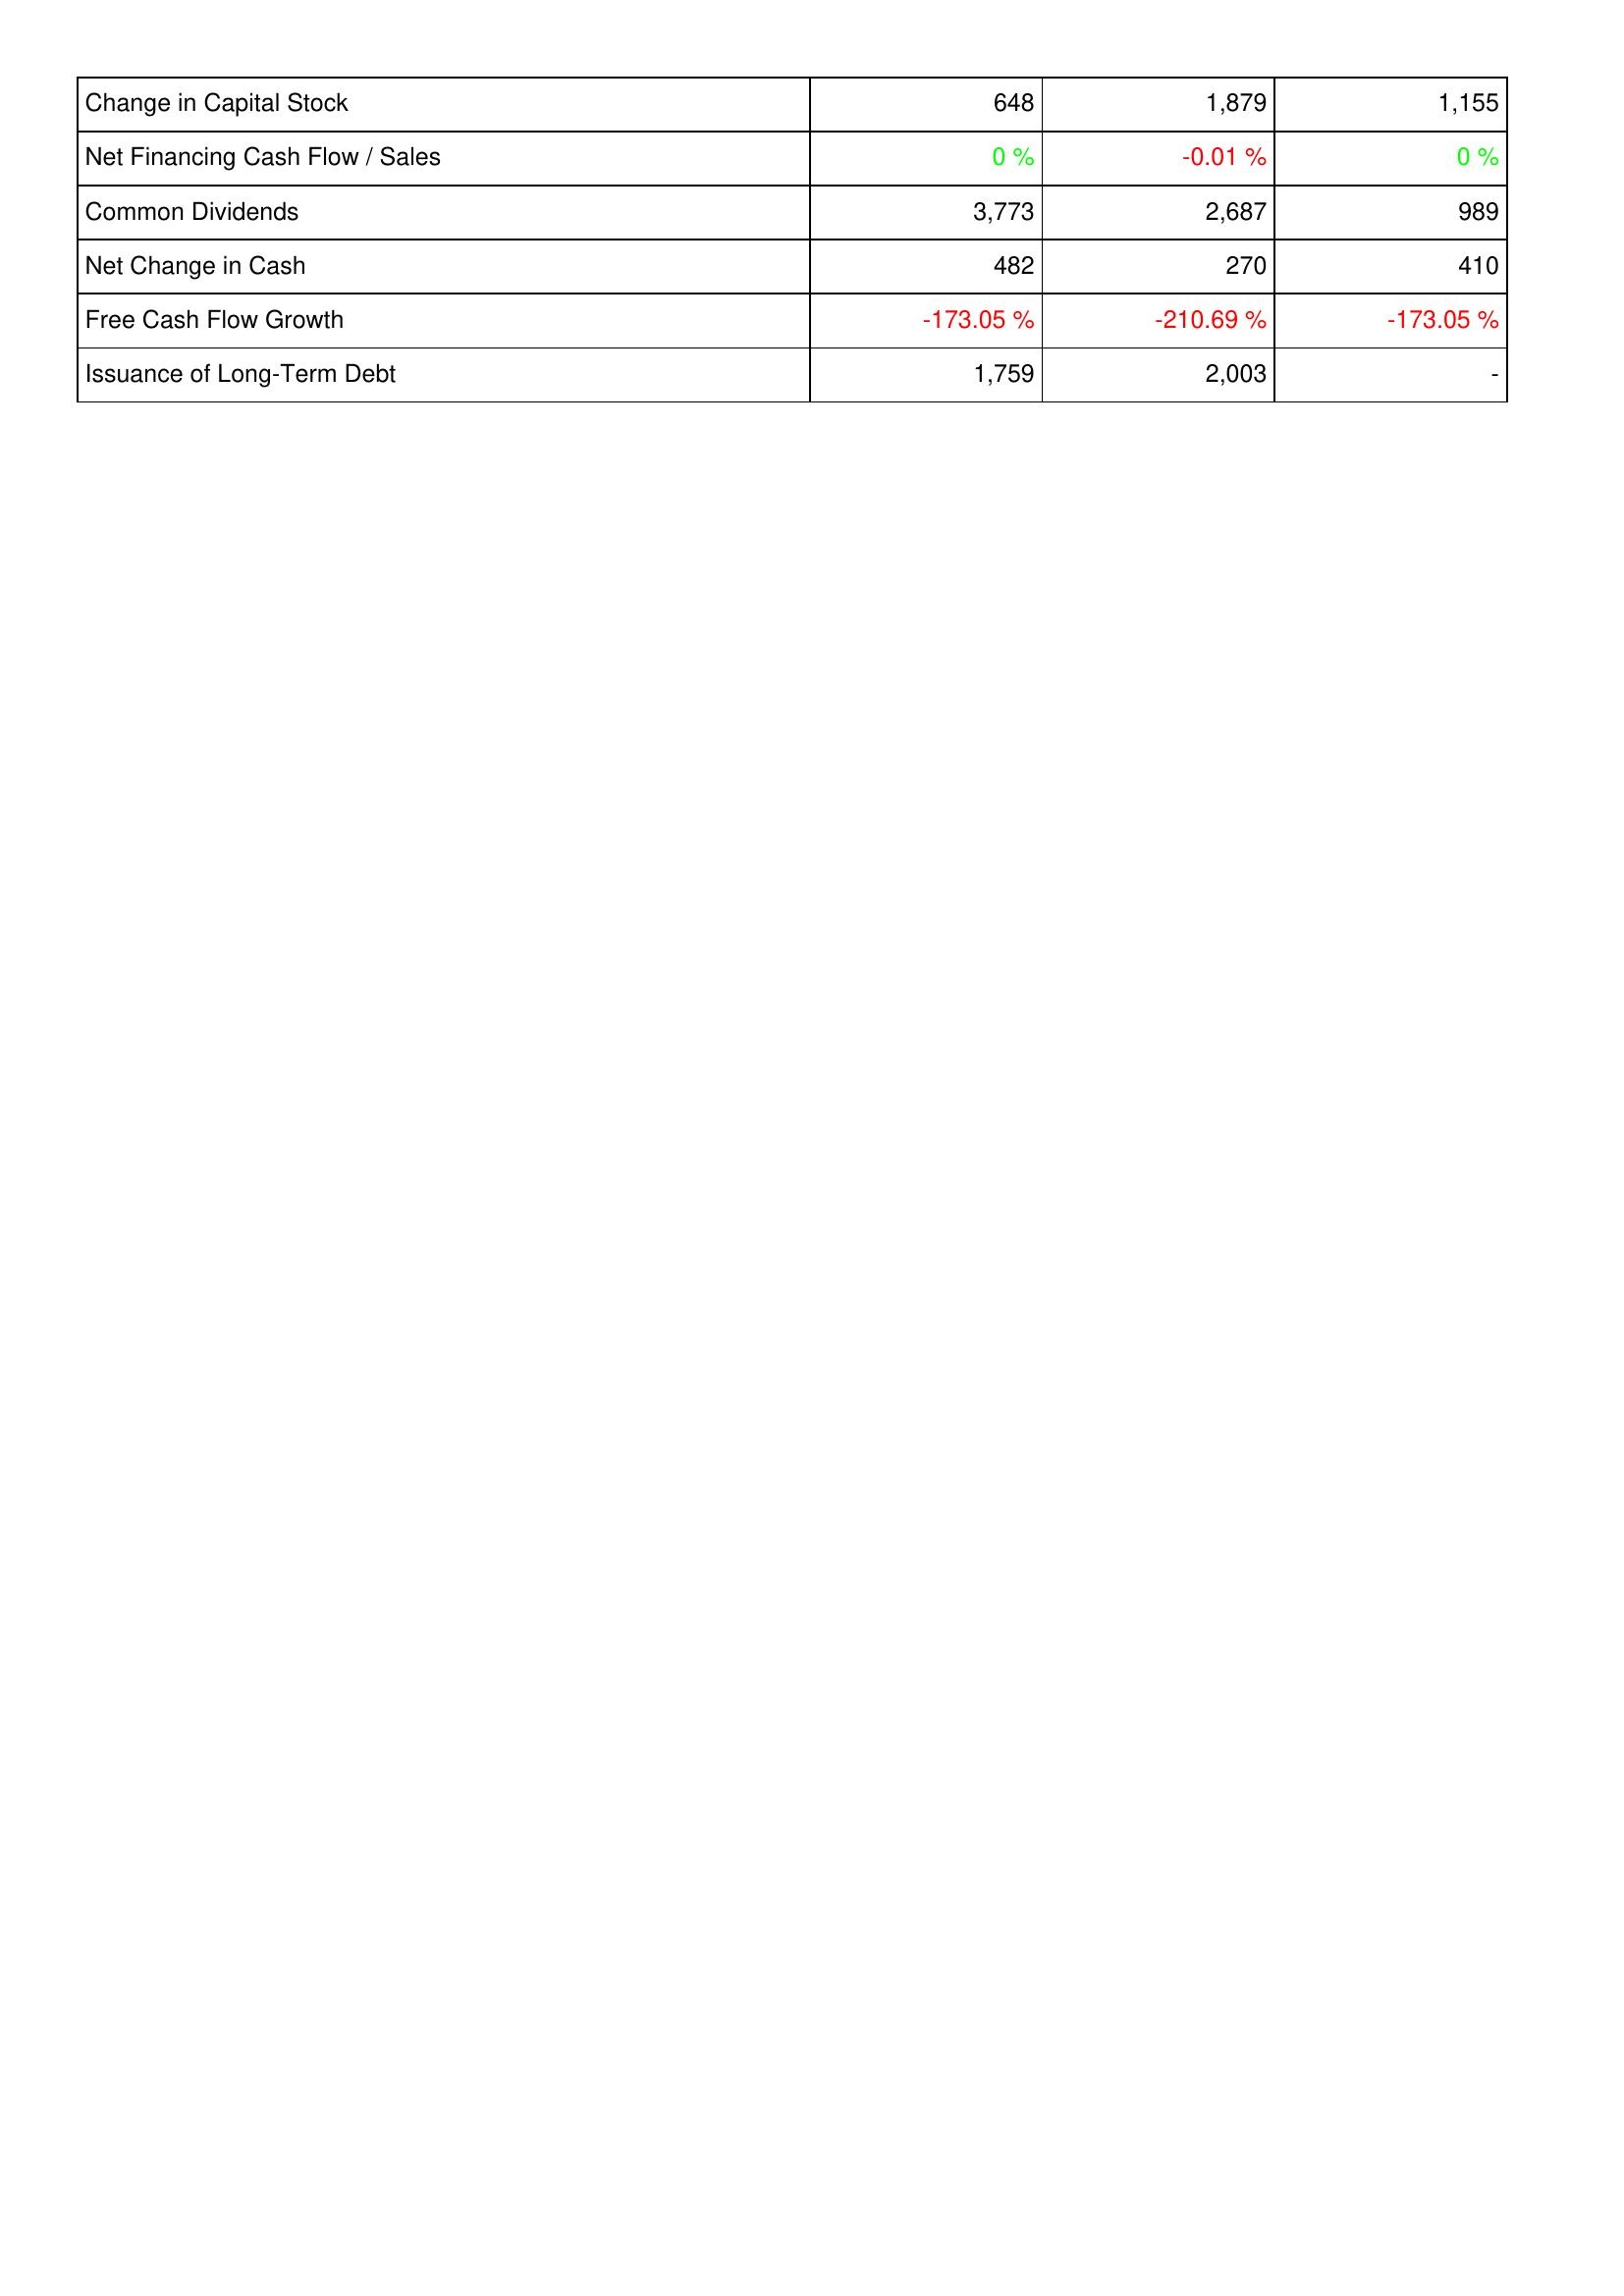
2019: Financing Activities: Change in Capital Stock: 648
Net Financing Cash Flow / Sales: 0 %
Common Dividends: 3,773
Net Change in Cash: 482
Free Cash Flow Growth: -173.05 %
Issuance of Long-Term Debt: 1,759
2018: Financing Activities: Change in Capital Stock: 1,879
Net Financing Cash Flow / Sales: -0.01 %
Common Dividends: 2,687
Net Change in Cash: 270
Free Cash Flow Growth: -210.69 %
Issuance of Long-Term Debt: 2,003
2017: Financing Activities: Change in Capital Stock: 1,155
Net Financing Cash Flow / Sales: 0 %
Common Dividends: 989
Net Change in Cash: 410
Free Cash Flow Growth: -173.05 %
Issuance of Long-Term Debt: -